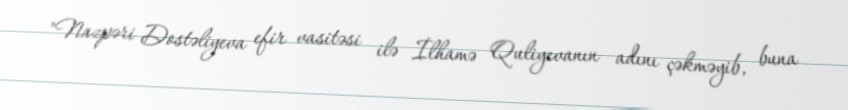
"Nazpəri Dostəliyeva efir vasitəsi ilə İlhamə Quliyevanın adını çəkməyib, buna